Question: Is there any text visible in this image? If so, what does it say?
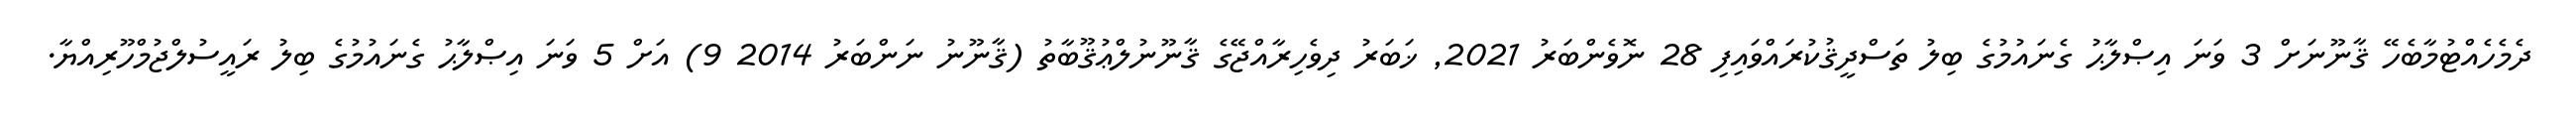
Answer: ދެމެހެއްޓުމާބެހޭ ޤާނޫނަށް 3 ވަނަ އިޞްލާޙު ގެނައުމުގެ ބިލު ތަސްދީޤުކުރައްވައިފި 28 ނޮވެންބަރު 2021, ޚަބަރު ދިވެހިރާއްޖޭގެ ޤާނޫނުލްޢުޤޫބާތު (ޤާނޫނު ނަންބަރު 2014 9) އަށް 5 ވަނަ އިޞްލާޙު ގެނައުމުގެ ބިލު ރައީސުލްޖުމްހޫރިއްޔާ.